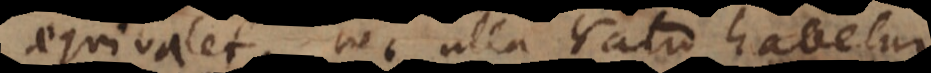
aequivalet, nec ulla ratio habetur